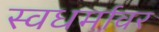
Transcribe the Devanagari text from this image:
स्वधर्मावर